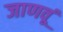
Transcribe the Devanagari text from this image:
जाणवूं